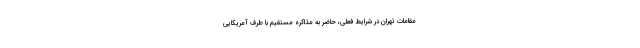
مقامات تهران در شرایط فعلی، حاضر به مذاکره مستقیم با طرف آمریکایی